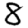
Digit: 8